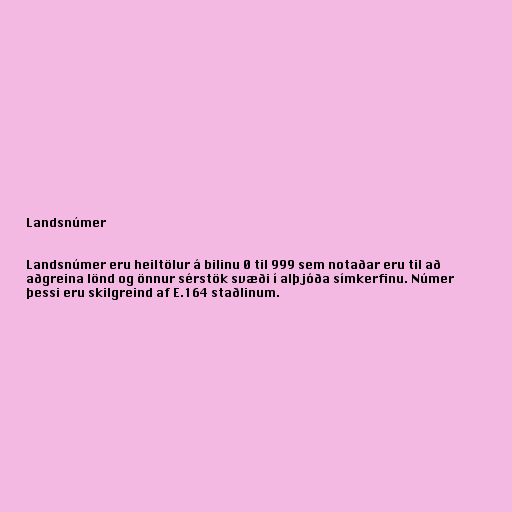
Landsnúmer

Landsnúmer eru heiltölur á bilinu 0 til 999 sem notaðar eru til að
aðgreina lönd og önnur sérstök svæði í alþjóða símkerfinu. Númer
þessi eru skilgreind af E.164 staðlinum.